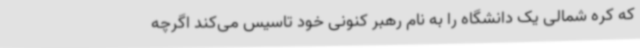
که کره شمالی یک دانشگاه را به نام رهبر کنونی خود تاسیس می‌کند اگرچه